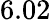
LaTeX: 6.02